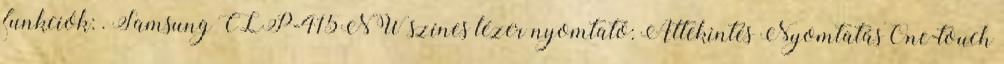
funkciók: . Samsung CLP-415NW színes lézer nyomtató: Áttekintés NyomtatásOne-touch